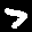
Label: 7